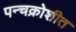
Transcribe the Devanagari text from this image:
पन्चक्रोशीत